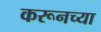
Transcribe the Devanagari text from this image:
करूनच्या